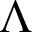
\Lambda